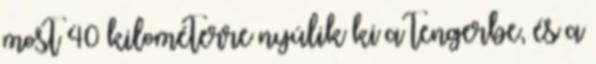
most 40 kilométerre nyúlik ki a tengerbe, és a